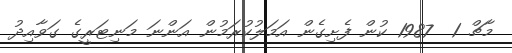
މާޗް 1  1987 ކުން ފެށިގެން އަމަލުކުރަމުން އަންނަ މަނިޓަރީގެ ގަވާއިދު